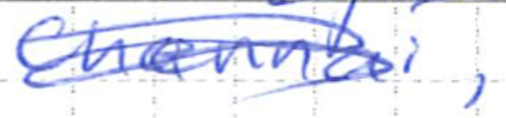
Text: Chennai,
Cross-out: mix
Writing tool: ballpoint